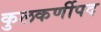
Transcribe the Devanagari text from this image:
कुलकर्णीपद